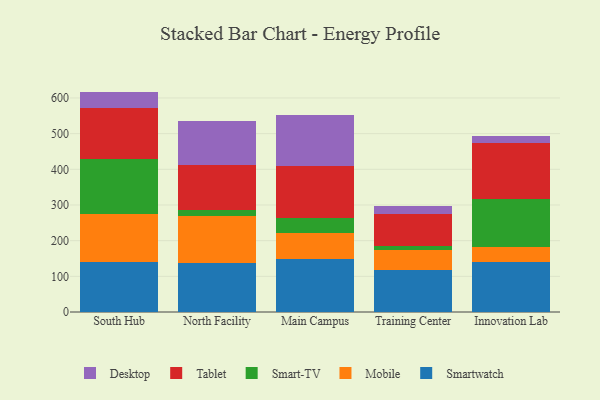
{"axis": {"x": "Campus", "y": "Temperature (°C)"}, "legend": ["Desktop", "Mobile", "Smart-TV", "Smartwatch", "Tablet"], "data": [{"x": "South Hub", "y": 139.4, "type": "Smartwatch"}, {"x": "South Hub", "y": 136.2, "type": "Mobile"}, {"x": "South Hub", "y": 153.1, "type": "Smart-TV"}, {"x": "South Hub", "y": 143.0, "type": "Tablet"}, {"x": "South Hub", "y": 46.1, "type": "Desktop"}, {"x": "North Facility", "y": 137.6, "type": "Smartwatch"}, {"x": "North Facility", "y": 132.9, "type": "Mobile"}, {"x": "North Facility", "y": 15.1, "type": "Smart-TV"}, {"x": "North Facility", "y": 126.2, "type": "Tablet"}, {"x": "North Facility", "y": 125.0, "type": "Desktop"}, {"x": "Main Campus", "y": 149.3, "type": "Smartwatch"}, {"x": "Main Campus", "y": 72.6, "type": "Mobile"}, {"x": "Main Campus", "y": 43.0, "type": "Smart-TV"}, {"x": "Main Campus", "y": 143.9, "type": "Tablet"}, {"x": "Main Campus", "y": 142.4, "type": "Desktop"}, {"x": "Training Center", "y": 116.4, "type": "Smartwatch"}, {"x": "Training Center", "y": 56.2, "type": "Mobile"}, {"x": "Training Center", "y": 12.9, "type": "Smart-TV"}, {"x": "Training Center", "y": 88.3, "type": "Tablet"}, {"x": "Training Center", "y": 24.3, "type": "Desktop"}, {"x": "Innovation Lab", "y": 140.4, "type": "Smartwatch"}, {"x": "Innovation Lab", "y": 41.5, "type": "Mobile"}, {"x": "Innovation Lab", "y": 134.9, "type": "Smart-TV"}, {"x": "Innovation Lab", "y": 156.9, "type": "Tablet"}, {"x": "Innovation Lab", "y": 18.9, "type": "Desktop"}]}